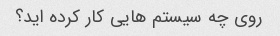
روی چه سیستم هایی کار کرده اید؟